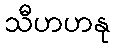
သီဟဟနု